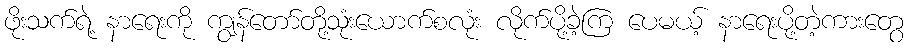
ဖိုးသက်ရဲ့ နာရေးကို ကျွန်တော်တို့သုံးယောက်စလုံး လိုက်ပို့ခဲ့ကြ ပေမယ့် နာရေးပို့တဲ့ကားတွေ